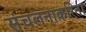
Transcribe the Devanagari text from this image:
संचलनाकरिता